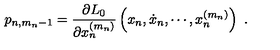
p _ { n , m _ { n } - 1 } = \frac { \partial L _ { 0 } } { \partial x _ { n } ^ { ( m _ { n } ) } } \left( x _ { n } , \dot { x } _ { n } , \cdots , x _ { n } ^ { ( m _ { n } ) } \right) \ .